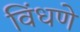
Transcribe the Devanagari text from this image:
विंधणे